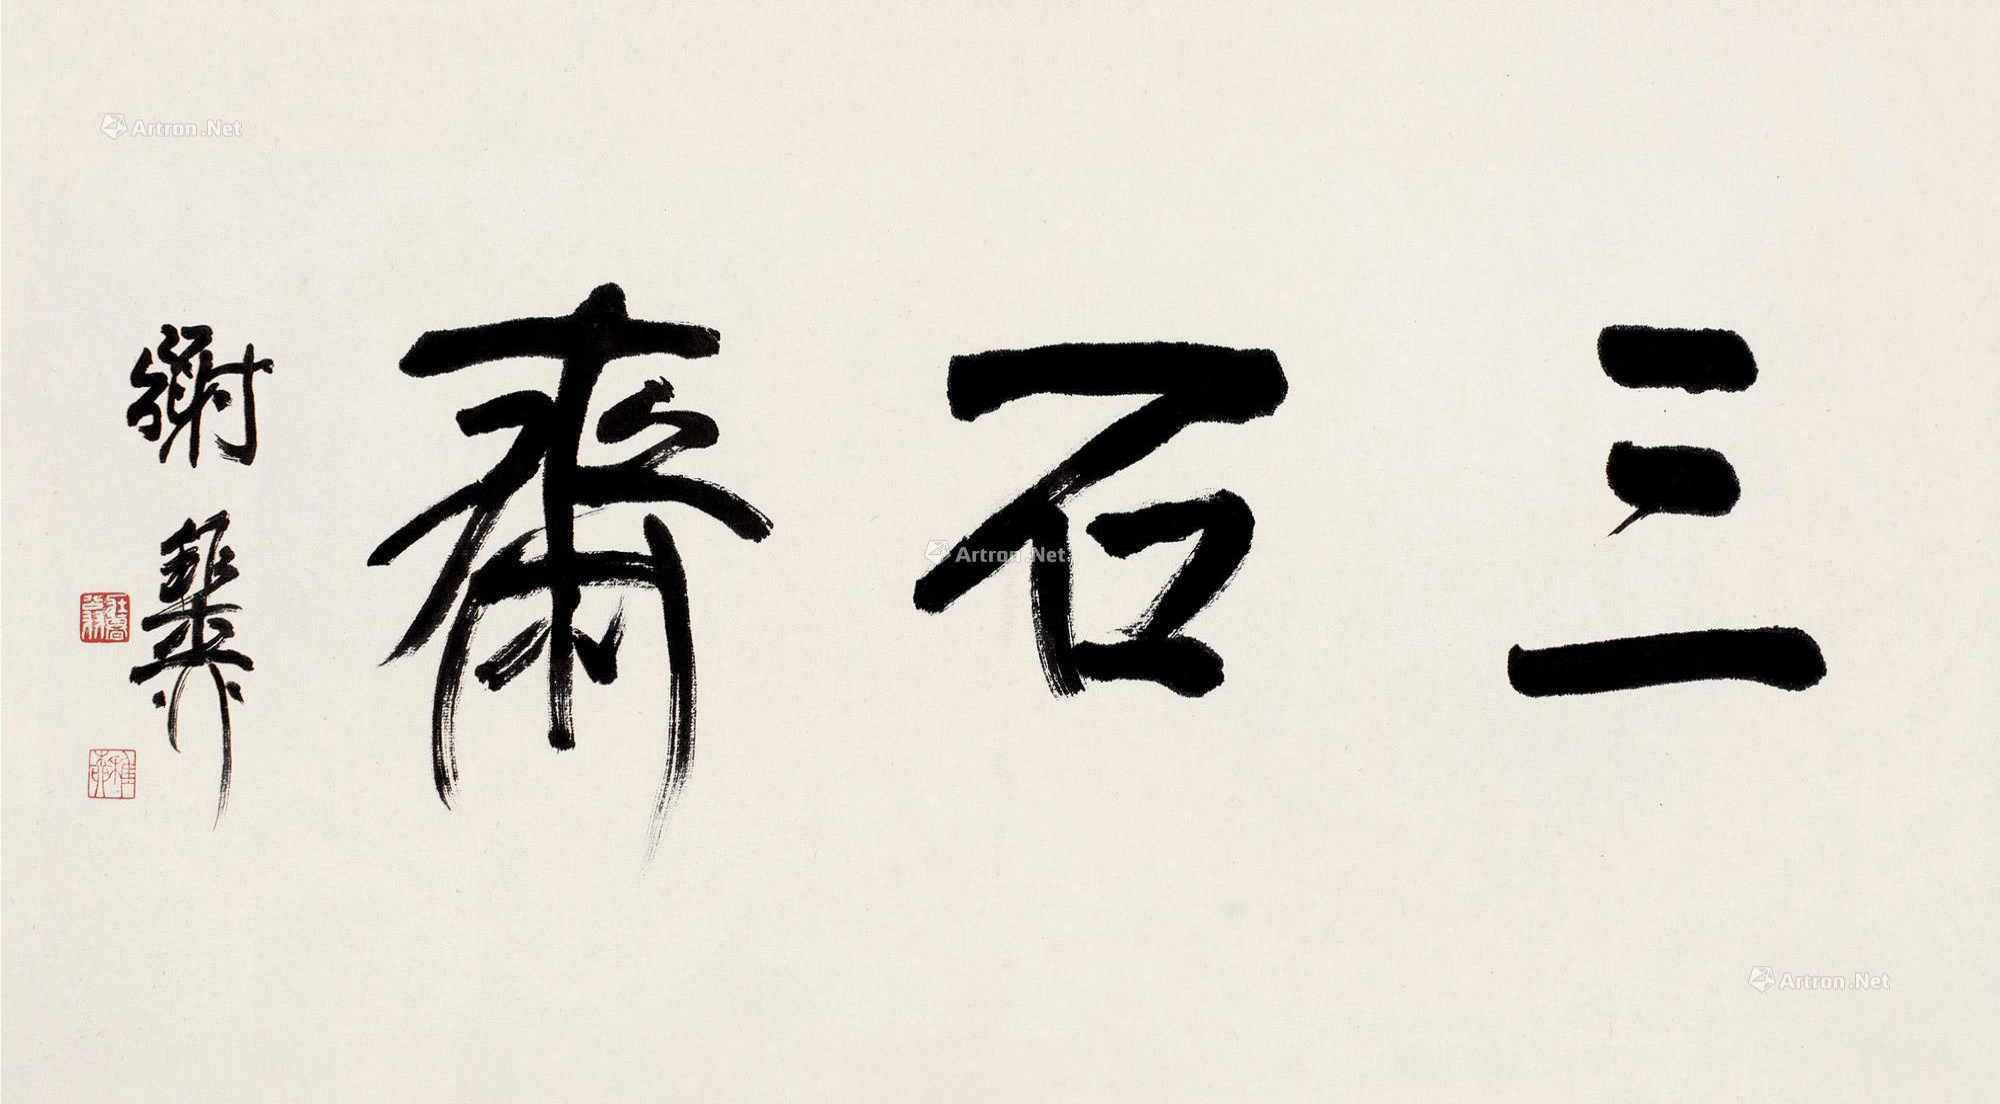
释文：三石斋。谢稚柳。